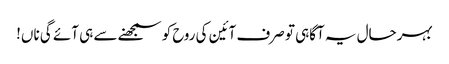
بہرحال یہ آگاہی تو صرف آئین کی روح کو سمجھنے سے ہی آئے گی ناں!